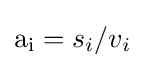
\mathrm {a_{i}} =s_{i}/v_{i}